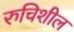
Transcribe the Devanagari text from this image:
रुचिशील